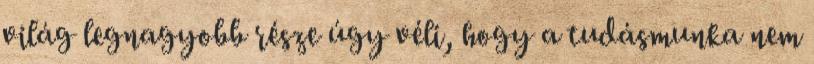
világ legnagyobb része úgy véli, hogy a tudásmunka nem